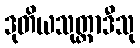
ဒုတိယသုတ္တာဒီသု